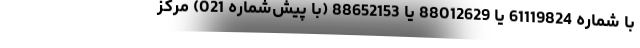
با شماره 61119824 یا 88012629 یا 88652153 (با پیش‌شماره 021) مرکز